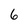
Character: 6